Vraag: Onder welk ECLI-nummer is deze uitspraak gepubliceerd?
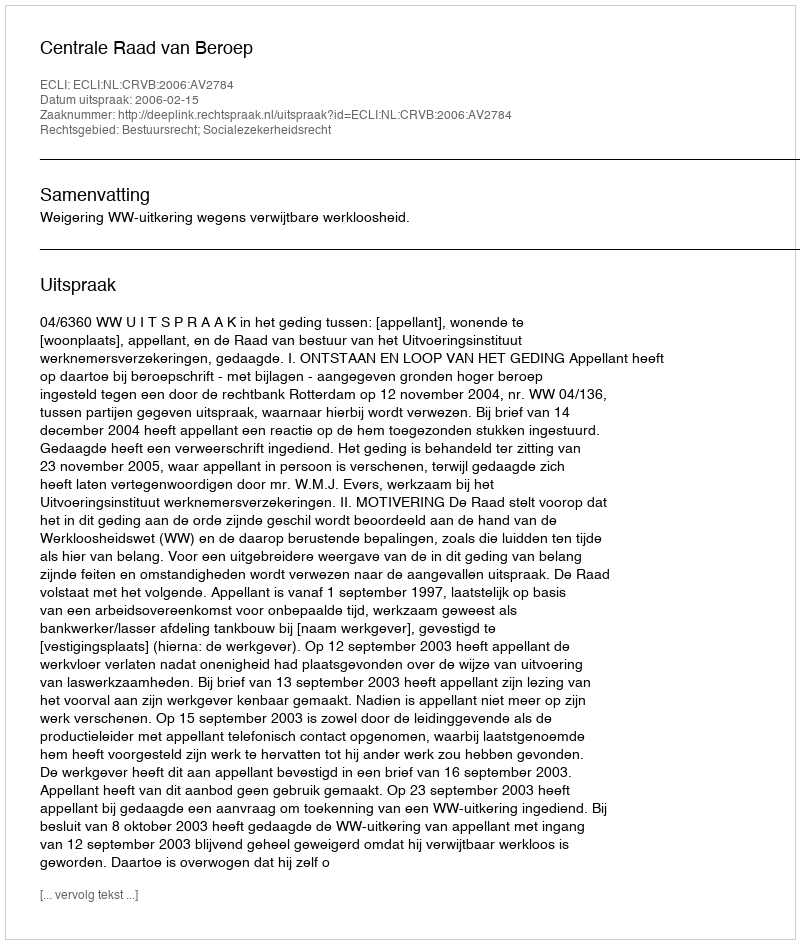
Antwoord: ECLI:NL:CRVB:2006:AV2784